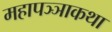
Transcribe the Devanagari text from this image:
महापञ्ञाकथा